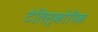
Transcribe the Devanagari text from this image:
टेलिस्कोपिक